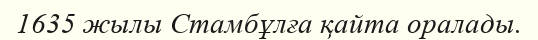
1635 жылы Стамбұлға қайта оралады.